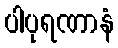
ပါပုရဏာနံ